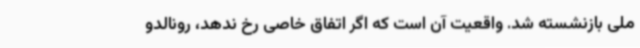
ملی بازنشسته شد. واقعیت آن است که اگر اتفاق خاصی رخ ندهد، رونالدو